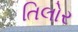
તિલોર